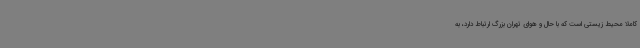
کاملا محیط زیستی است که با حال و هوای تهران بزرگ ارتباط دارد، به